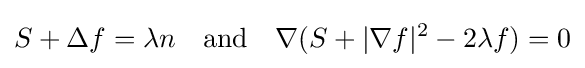
S+\Delta f=\lambda n\quad {\text{and}}\quad \nabla (S+|\nabla f|^{2}-2\lambda f)=0